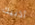
أذنيك